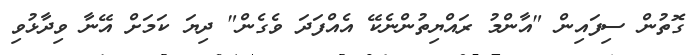
ގޮތުން ސިފައިން "އާންމު ރައްޔިތުންނެކޭ އެއްފަދަ ވެގެން" ދިޔަ ކަމަށް އޭނާ ވިދާޅުވި